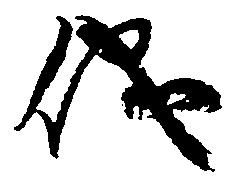
儀